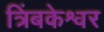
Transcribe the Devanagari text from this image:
त्रिंबकेश्वर